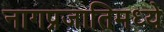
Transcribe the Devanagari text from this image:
नागप्रजातिमध्ये